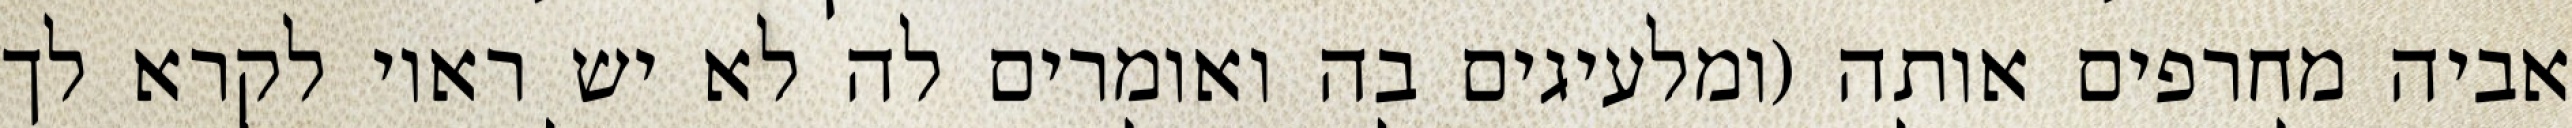
אביה מחרפים אותה (ומלעיגים בה ואומרים לה לא יש ראוי לקרא לך